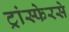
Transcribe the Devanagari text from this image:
ट्रांस्फेरसे